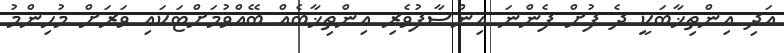
އަދި އިންތިޚާބަކީ ދެ ފުށް ފެންނަ އިންސާފުވެރި އިންތިޚާބެއް ބޭއްވުމަށްޓަކައި ވަރަށް މުހިންމު